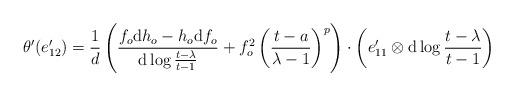
LaTeX: \begin{align*}\theta'(e_{12}')=\frac1d\left(\frac{f_o\mathrm{d}h_o-h_o\mathrm{d}f_o}{\mathrm{d}\log \frac{t-\lambda}{t-1}}+f_o^2 \left(\frac{t-a}{\lambda-1}\right)^p\right)\cdot \left(e'_{11}\otimes \mathrm{d}\log \frac{t-\lambda}{t-1}\right)\end{align*}